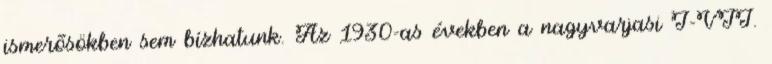
ismerõsökben sem bízhatunk. Az 1930-as években a nagyvarjasi I-VII.